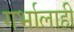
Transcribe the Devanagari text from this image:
गर्भालाही